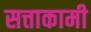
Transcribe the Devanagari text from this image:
सत्ताकामी